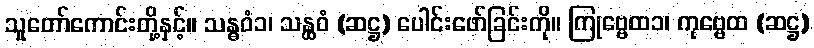
သူတော်ကောင်းတို့နှင့်။ သန္ဓဝံ၁၊ သန္ထဝံ (ဆဋ္ဌ) ပေါင်းဖော်ခြင်းကို။ ကြုဗ္ဗေထ၁၊ ကုဗ္ဗေထ (ဆဋ္ဌ)